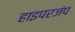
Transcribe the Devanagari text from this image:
हाइपरजंप